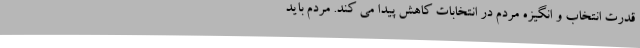
قدرت انتخاب و انگیزه مردم در انتخابات کاهش پیدا می کند. مردم باید